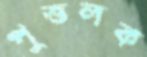
পুত্তলক